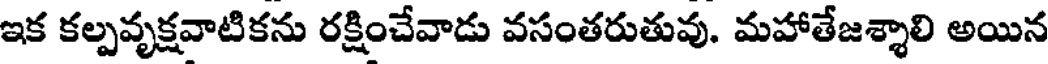
ఇక కల్పవృక్షవాటికను రక్షించేవాడు వసంతరుతువు. మహాతేజశ్శాలి అయిన